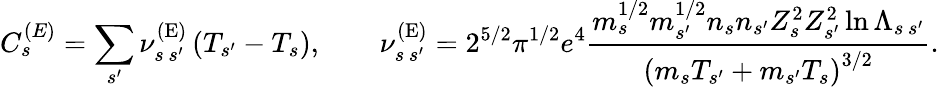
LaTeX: C_{s}^{{(E)}}=\sum_{s^{\prime}}\nu_{s\, s^{\prime}}^{\mathrm{(E)}}\left(T_{s^{\prime}}-T_{s}\right),\qquad\nu_{s\, s^{\prime}}^{\mathrm{(E)}}=2^{5/2}\pi^{1/2}e^{4}\frac{m_{s}^{1/2}m_{s^{\prime}}^{1/2}n_{s}n_{s^{\prime}}Z_{s}^{2}Z_{s^{\prime}}^{2}\ln\Lambda_{s\, s^{\prime}}}{\left(m_{s}T_{s^{\prime}}+m_{s^{\prime}}T_{s}\right)^{3/2}}.